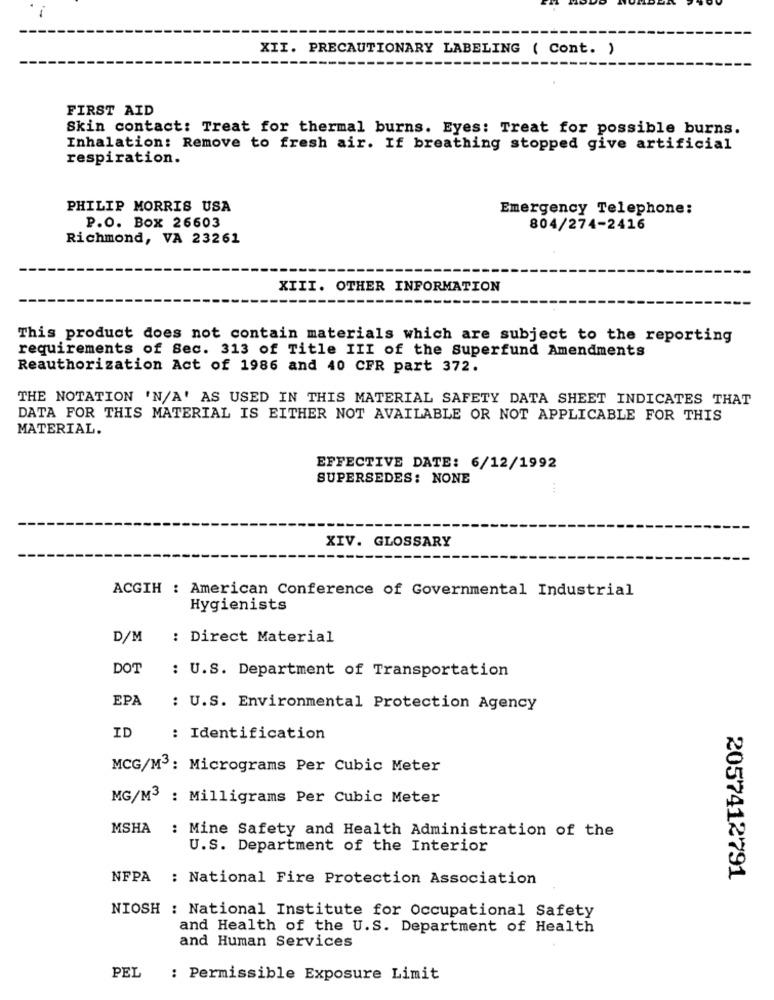
XII. PRECAUTIONARY LABELING ( Cont. )
FIRST AID
Skin contact: Treat for thermal burns. Eyes: Treat for possible burns.
Inhalation: Remove to fresh air. If breathing stopped give artificial
respiration.
PHILIP MORRIS USA
Emergency Telephone:
P.O. Box 26603
804/274-2416
Richmond, VA 23261
XIII. OTHER INFORMATION
This product does not contain materials which are subject to the reporting
requirements of Sec. 313 of Title III of the Superfund Amendments
Reauthorization Act of 1986 and 40 CFR part 372.
THE NOTATION 'N/A' AS USED IN THIS MATERIAL SAFETY DATA SHEET INDICATES THAT
DATA FOR THIS MATERIAL IS EITHER NOT AVAILABLE OR NOT APPLICABLE FOR THIS
MATERIAL.
EFFECTIVE DATE: 6/12/1992
SUPERSEDES: NONE
XIV. GLOSSARY
ACGIH : American Conference of Governmental Industrial
Hygienists
D/M
: Direct Material
DOT
: U.S. Department of Transportation
EPA
: U.S. Environmental Protection Agency
ID
: Identification
MCG/M3: Micrograms Per Cubic Meter
MG/M3 : Milligrams Per Cubic Meter
MSHA : Mine Safety and Health Administration of the
U.S. Department of the Interior
NFPA : National Fire Protection Association
2057412791
NIOSH : National Institute for Occupational Safety
and Health of the U.S. Department of Health
and Human Services
PEL
: Permissible Exposure Limit